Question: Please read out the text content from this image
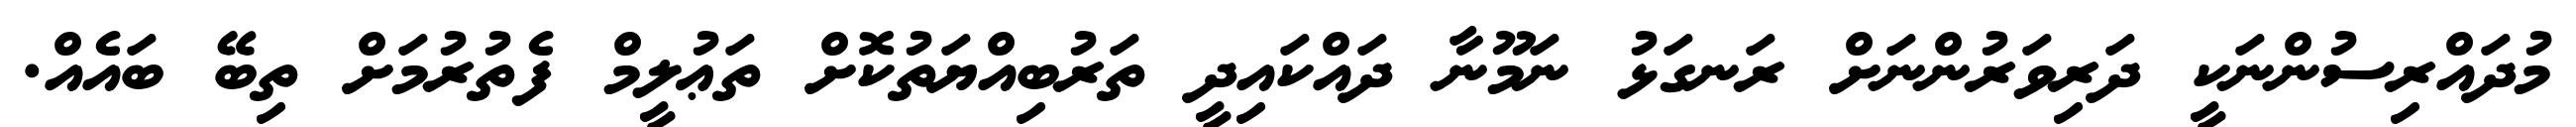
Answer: މުދައްރިސުންނަކީ ދަރިވަރުންނަށް ރަނގަޅު ނަމޫނާ ދައްކައިދީ ތަރުބިއްޔަތުކޮށް ތަޢުލީމް ފެތުރުމަށް ތިބޭ ބައެއް.